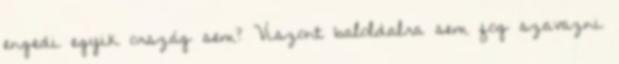
engedi egyik ország sem? Viszont baloldalra sem fog szavazni